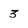
Character: 3